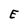
Character: E